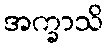
အက္ခာသိ